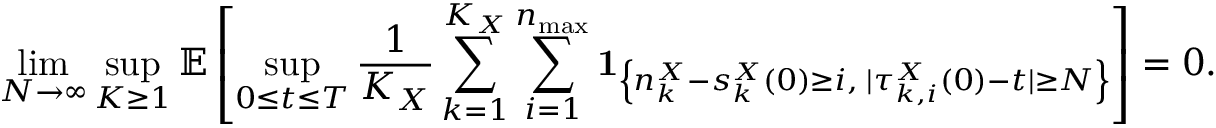
\operatorname* { l i m } _ { N \to \infty } \operatorname* { s u p } _ { K \geq 1 } \mathbb { E } \left[ \operatorname* { s u p } _ { 0 \leq t \leq T } \frac { 1 } { K _ { X } } \sum _ { k = 1 } ^ { K _ { X } } \sum _ { i = 1 } ^ { n _ { \operatorname* { m a x } } } \mathbf { 1 } _ { \left\{ n _ { k } ^ { X } - s _ { k } ^ { X } ( 0 ) \geq i , \; | \tau _ { k , i } ^ { X } ( 0 ) - t | \geq N \right\} } \right] = 0 .